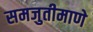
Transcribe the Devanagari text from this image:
समजुतीमाणे